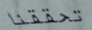
تحققنا